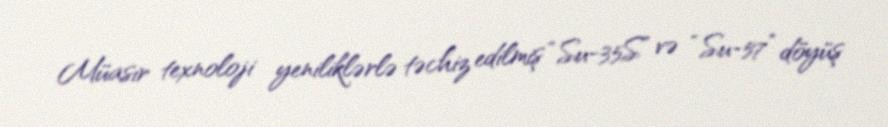
Müasir texnoloji yeniliklərlə təchiz edilmiş “Su-35S” və “Su-57” döyüş